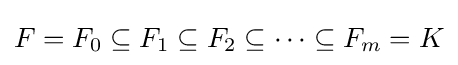
F=F_{0}\subseteq F_{1}\subseteq F_{2}\subseteq \cdots \subseteq F_{m}=K